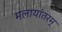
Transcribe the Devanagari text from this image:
मलायांतरम्‌